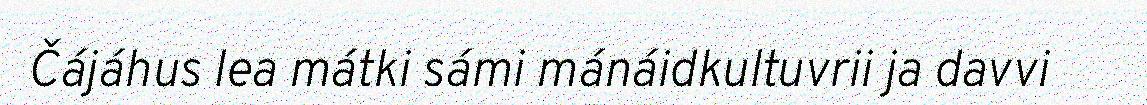
Čájáhus lea mátki sámi mánáidkultuvrii ja davvi